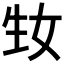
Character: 𤯕